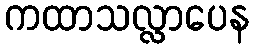
ကထာသလ္လာပေန